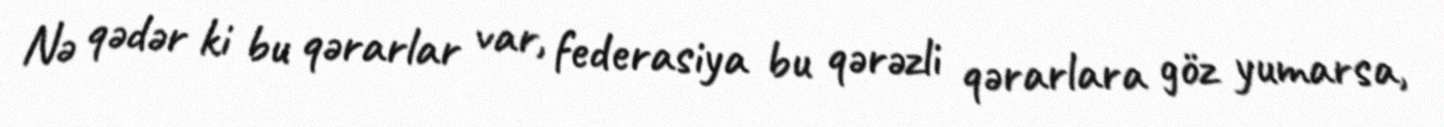
Nə qədər ki bu qərarlar var, federasiya bu qərəzli qərarlara göz yumarsa,